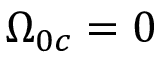
\Omega _ { 0 c } = 0